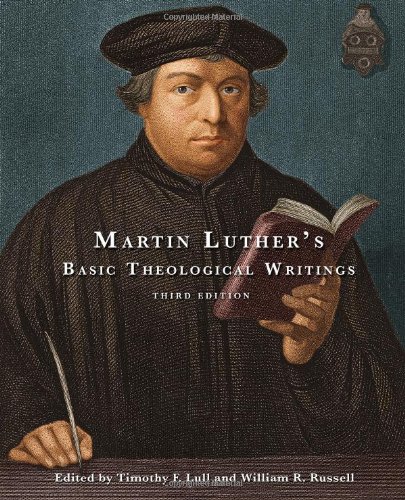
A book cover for Martin Luther's Basic Theological Writings; Timothy F. Lull; Christian Books & Bibles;